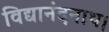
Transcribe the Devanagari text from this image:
विद्यानंदनाथ।